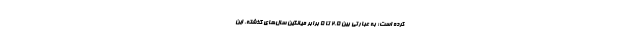
کرده است؛ به عبارتی بین ۲.۵ تا ۵ برابر میانگین سال‌های گذشته. این